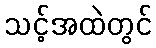
သင့်အထဲတွင်